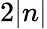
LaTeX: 2|n|